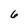
Character: 6